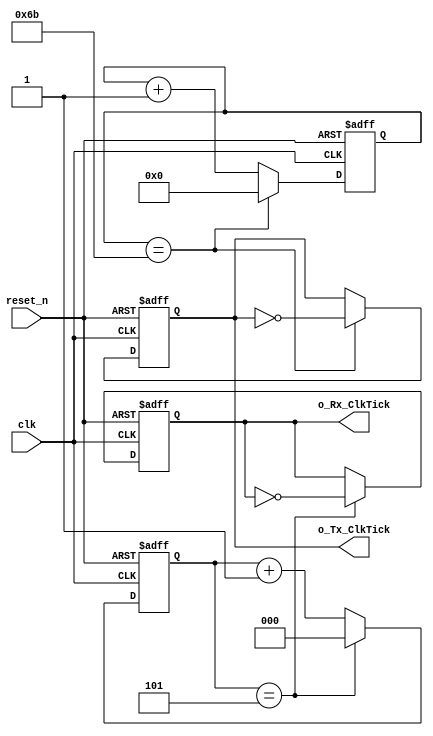
module baudRateGenerator#(parameter CLOCK_RATE = 25000000,
                          parameter  BAUD_RATE = 115200,
                          parameter RX_OVERSAMPLE = 16)(

  // Global Signals
     input            clk,
     input            reset_n,
  // RX and TX Baud Rates
     output reg       o_Rx_ClkTick,
     output reg       o_Tx_ClkTick
);

  
  parameter TX_CNT = CLOCK_RATE/(2*BAUD_RATE);
  parameter RX_CNT = CLOCK_RATE/(2*BAUD_RATE*RX_OVERSAMPLE);
  parameter TX_CNT_WIDTH = $clog2(TX_CNT);
  parameter RX_CNT_WIDTH = $clog2(RX_CNT);
  
  reg[TX_CNT_WIDTH - 1:0] r_Tx_Counter;
  reg[RX_CNT_WIDTH - 1:0] r_Rx_Counter;
  
  //RX Baud Rate 
  
  always @(posedge clk or negedge reset_n)
    begin
      if(~reset_n)
        begin
          o_Rx_ClkTick <= 1'b0;
          r_Rx_Counter <= 0;
        end
      else if(r_Rx_Counter == RX_CNT - 1) begin
          o_Rx_ClkTick <= ~o_Rx_ClkTick;
          r_Rx_Counter <= 0;
         end
        else begin
          r_Rx_Counter <= r_Rx_Counter + 1;
        end
    end
  
  //TX Baud Rate
        
  always @(posedge clk or negedge reset_n)
    begin
      if(~reset_n)
        begin
          o_Tx_ClkTick <= 1'b0;
          r_Tx_Counter <= 0;
        end
      else if(r_Tx_Counter == TX_CNT - 1) begin
          o_Tx_ClkTick <= ~o_Tx_ClkTick;
          r_Tx_Counter <= 0;
         end
        else begin
          r_Tx_Counter <= r_Tx_Counter + 1;
        end
    end
endmodule